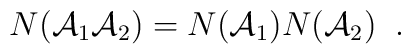
N({\cal A}_{1} {\cal A}_{2})= N({\cal A}_{1})N({\cal A}_{2}) \; \; .